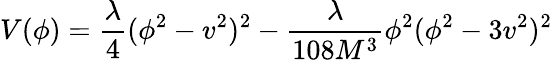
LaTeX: V(\phi)=\frac{\lambda}{4}(\phi^{2}-v^{2})^{2}-\frac{\lambda}{108M^{3}}\phi^{2}(\phi^{2}-3v^{2})^{2}